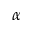
\alpha